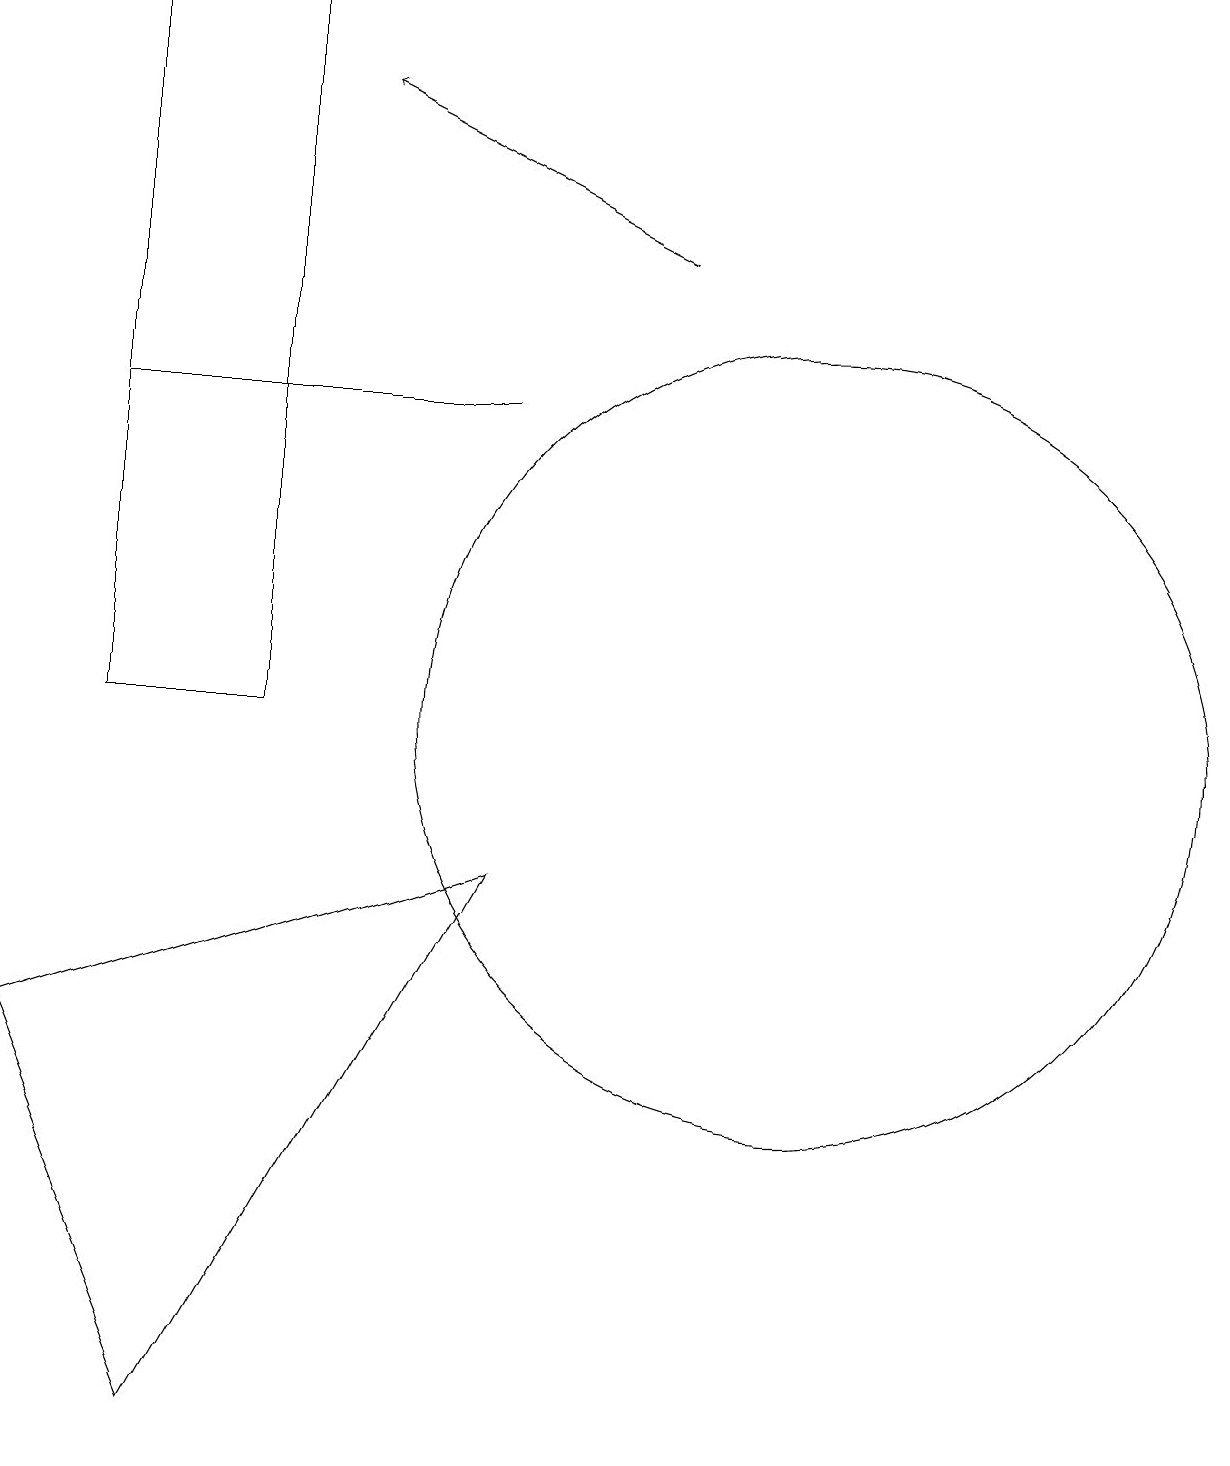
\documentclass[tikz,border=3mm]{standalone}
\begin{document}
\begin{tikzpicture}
\draw (11,10) circle (5);
\draw (7,8) -- (3,1) -- (1,6) -- cycle;
\draw (2,14) rectangle (7,14);
\draw[->] (9,16) -- (5,18);
\draw (4,10) rectangle (2,19);
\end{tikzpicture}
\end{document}